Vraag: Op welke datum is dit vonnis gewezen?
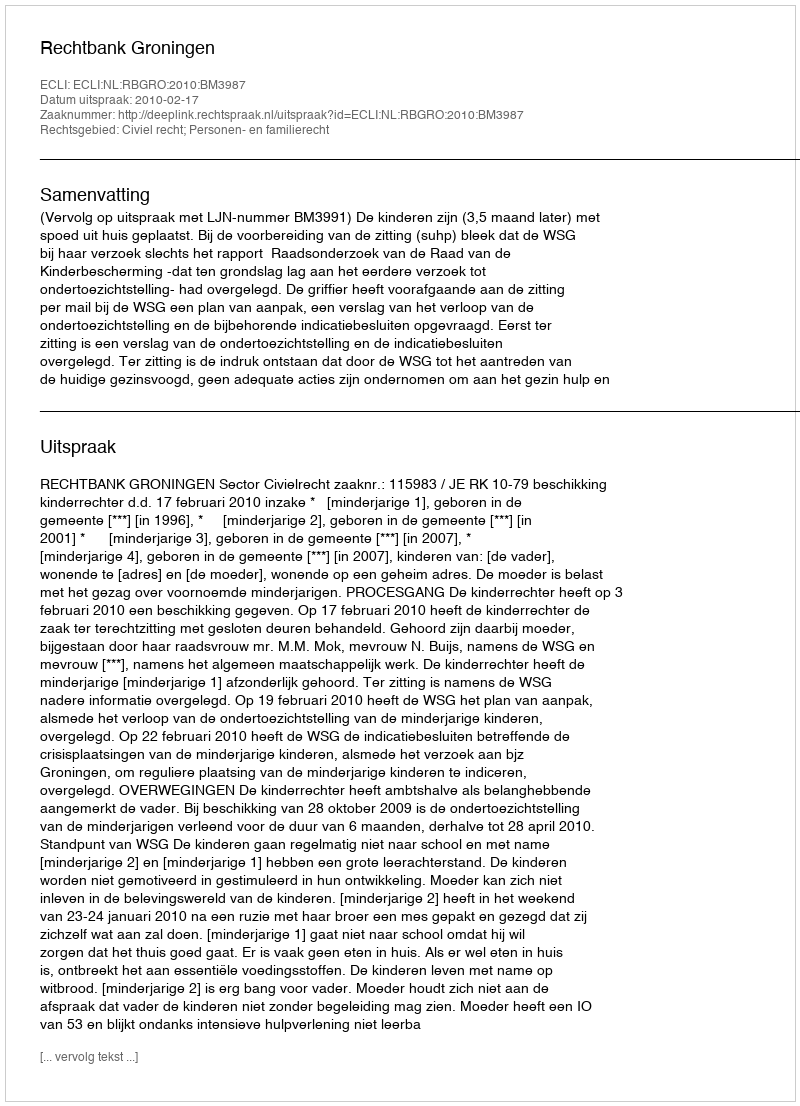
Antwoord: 2010-02-17